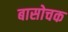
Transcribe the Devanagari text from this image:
बासोचक